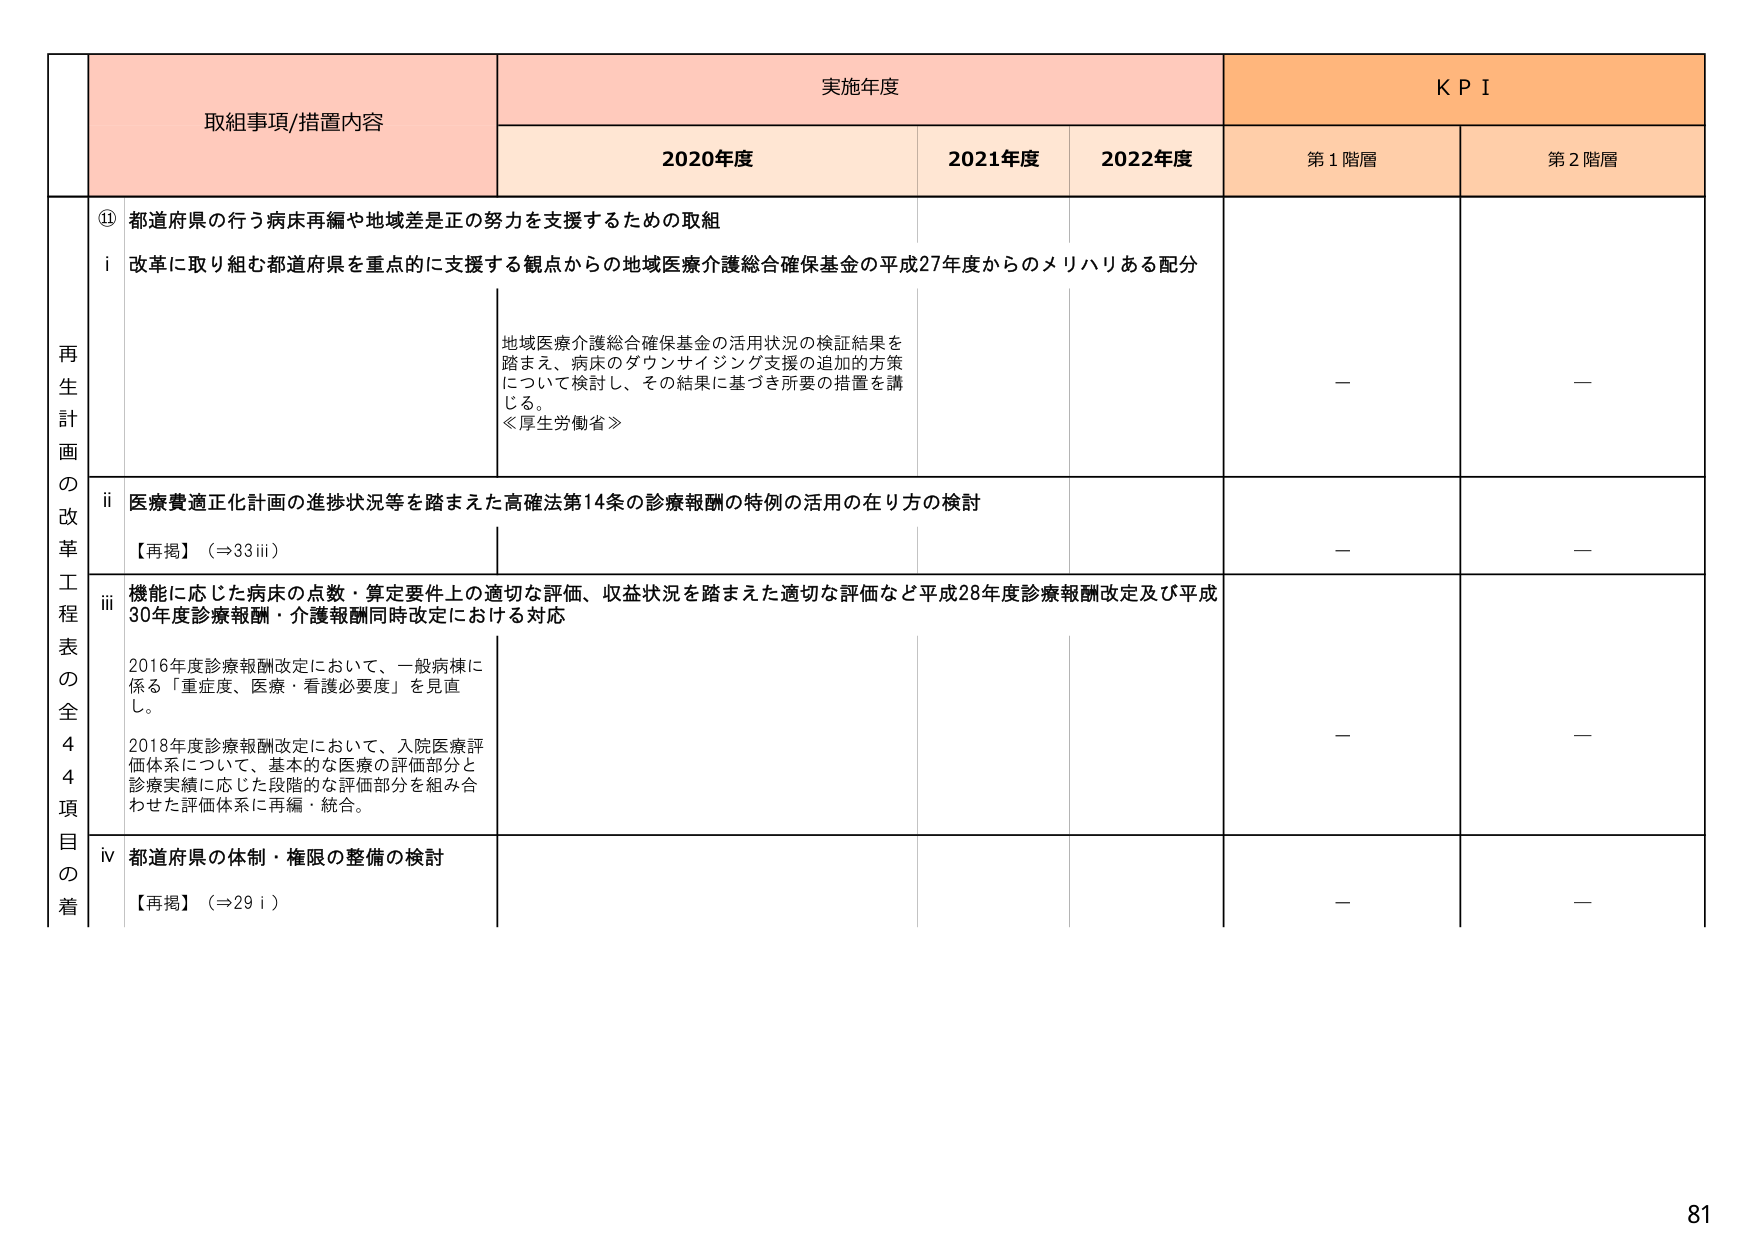
再生計画の改革工程表の全44項目の着
取組事項/措置内容
実施年度
KPI
2020年度
2021年度
2022年度
第1階層
第2階層
⑪ 都道府県の行う病床再編や地域差是正の努力を支援するための取組
i 改革に取り組む都道府県を重点的に支援する観点からの地域医療介護総合確保基金の平成27年度からのメリハリある配分
地域医療介護総合確保基金の活用状況の検証結果を踏まえ、病床のダウンサイジング支援の追加的方策について検討し、その結果に基づき所要の措置を講じる。
≪厚生労働省≫
－
－
ii 医療費適正化計画の進捗状況等を踏まえた高確法第14条の診療報酬の特例の活用の在り方の検討
【再掲】（⇒33iii）
－
－
iii 機能に応じた病床の点数・算定要件上の適切な評価、収益状況を踏まえた適切な評価など平成28年度診療報酬改定及び平成30年度診療報酬・介護報酬同時改定における対応
2016年度診療報酬改定において、一般病棟に係る「重症度、医療・看護必要度」を見直し。
2018年度診療報酬改定において、入院医療評価体系について、基本的な医療の評価部分と診療実績に応じた段階的な評価部分を組み合わせた評価体系に再編・統合。
－
－
iv 都道府県の体制・権限の整備の検討
【再掲】（⇒29i）
－
－
81